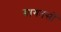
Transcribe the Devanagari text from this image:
मागतसों